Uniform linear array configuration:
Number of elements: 16
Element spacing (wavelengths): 0.75
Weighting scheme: cosine
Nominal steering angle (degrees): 15
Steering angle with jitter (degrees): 15.412
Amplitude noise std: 0.05
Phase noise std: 0.05

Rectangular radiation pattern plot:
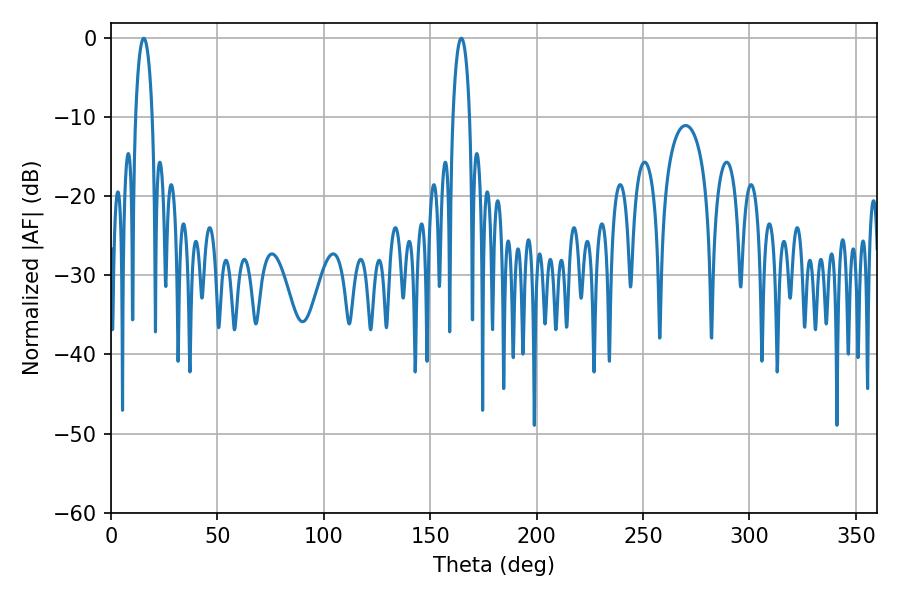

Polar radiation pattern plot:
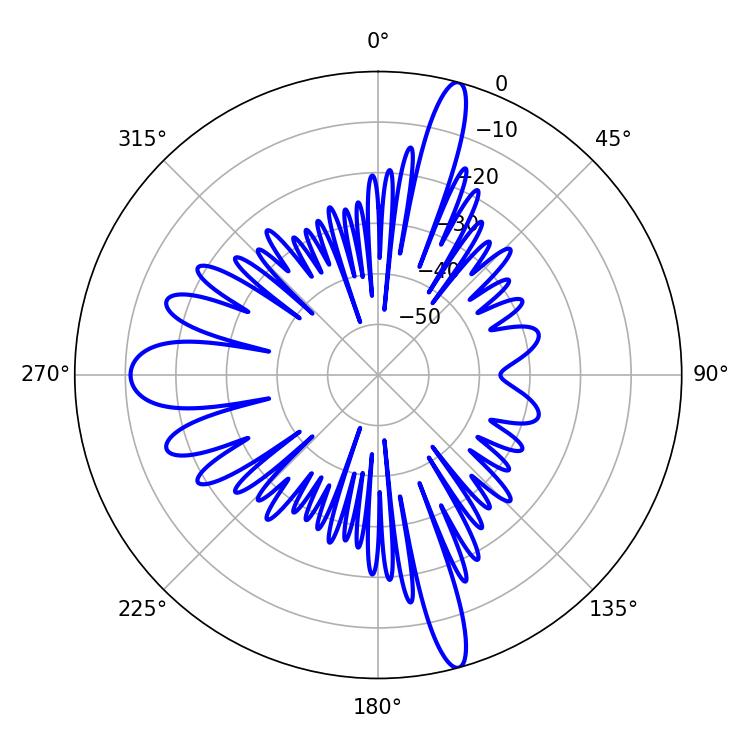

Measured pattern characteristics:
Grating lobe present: TRUE
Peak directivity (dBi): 19.702
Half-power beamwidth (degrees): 4.5
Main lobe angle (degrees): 164.52